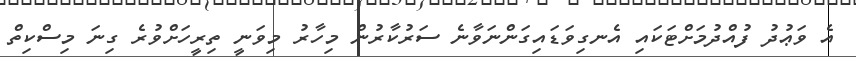
އެ ވަޢުދު ފުއްދުމަށްޓަކައި އެނގިވަޑައިގަންނަވާނެ ސަރުކާރުން މިހާރު މިވަނީ ތިރީހަށްވުރެ ގިނަ މިސްކިތް